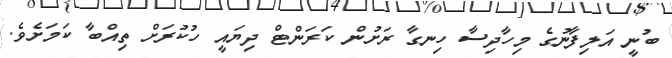
ބުނީ އަލިފާނުގެ މިހާދިސާ ހިނގާ ރަށުން ކަރަންޓް ދިޔައީ ހުކުރަށް ތިއްބާ ކަމަށެެވެ.